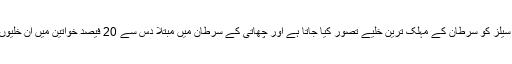
ٹرپل نیگیٹیو بریسٹ کینسر سیلز کو سرطان کے مہلک ترین خلیے تصور کیا جاتا ہے اور چھاتی کے سرطان میں مبتلا دس سے 20 فیصد خواتین میں ان خلیوں کی تشخیص کی جاتی ہے۔